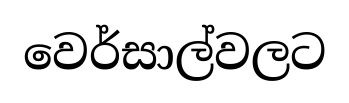
වෙර්සාල්වලට